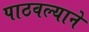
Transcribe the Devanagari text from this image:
पाठवल्याने